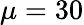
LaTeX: \mu=30